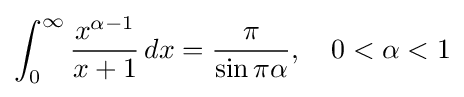
\int _{0}^{\infty }{\frac {x^{\alpha -1}}{x+1}}\,dx={\frac {\pi }{\sin \pi \alpha }},\quad 0<\alpha <1